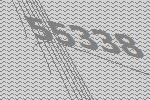
55338